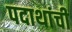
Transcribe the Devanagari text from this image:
पदाथांची